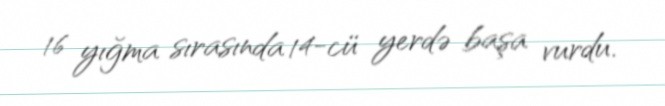
16 yığma sırasında 14-cü yerdə başa vurdu.